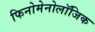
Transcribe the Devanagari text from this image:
फिनोमेनोलॉजिक